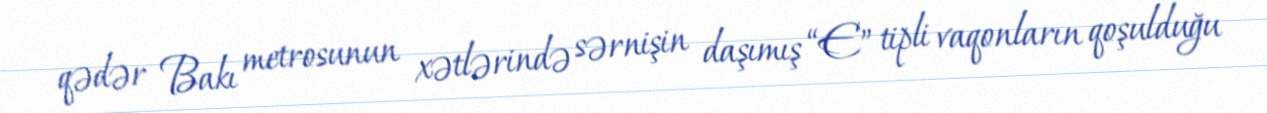
qədər Bakı metrosunun xətlərində sərnişin daşımış “E” tipli vaqonların qoşulduğu